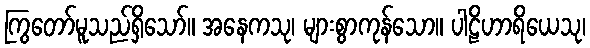
ကြွတော်မူသည်ရှိသော်။ အနေကသု၊ များစွာကုန်သော။ ပါဠိဟာရိယေသု၊